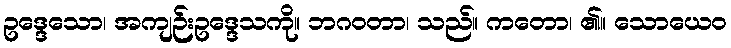
ဥဒ္ဒေသော၊ အကျဉ်းဥဒ္ဒေသကို။ ဘဂဝတာ၊ သည်။ ကတော၊ ၏။ သောယေဝ